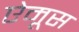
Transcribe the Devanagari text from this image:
ऐमूस